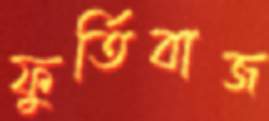
ফুর্তিবাজ